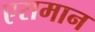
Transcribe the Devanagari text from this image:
एरामान